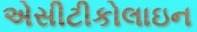
એસીટીકોલાઇન